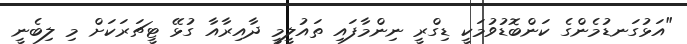
"އަޅުގަނޑުމެންގެ ކަންބޮޑުވުމަކީ ޑިގްރީ ނިންމާފައި ތައުލީމީ ދާއިރާއާ ގުޅޭ ޓީޗަރަކަށް މި ލިބެނީ